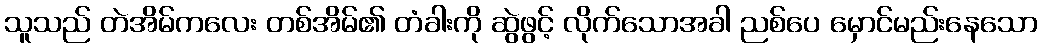
သူသည် တဲအိမ်ကလေး တစ်အိမ်၏ တံခါးကို ဆွဲဖွင့် လိုက်သောအခါ ညစ်ပေ မှောင်မည်းနေသော